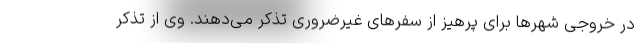
در خروجی شهرها برای پرهیز از سفرهای غیرضروری تذکر می‌دهند. وی از تذکر